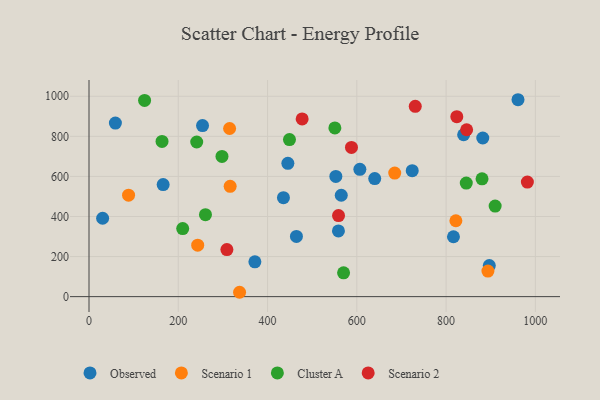
{"axis": {"x": "Speed", "y": "Rating"}, "legend": ["Cluster A", "Observed", "Scenario 1", "Scenario 2"], "data": [{"x": "896.8", "y": 155.0, "type": "Observed"}, {"x": "166.1", "y": 559.4, "type": "Observed"}, {"x": "558.8", "y": 328.1, "type": "Observed"}, {"x": "882.2", "y": 791.6, "type": "Observed"}, {"x": "816.5", "y": 298.8, "type": "Observed"}, {"x": "254.3", "y": 853.6, "type": "Observed"}, {"x": "640.1", "y": 589.3, "type": "Observed"}, {"x": "59.1", "y": 866.1, "type": "Observed"}, {"x": "464.7", "y": 300.7, "type": "Observed"}, {"x": "371.6", "y": 173.6, "type": "Observed"}, {"x": "839.3", "y": 807.9, "type": "Observed"}, {"x": "565.1", "y": 506.1, "type": "Observed"}, {"x": "961.1", "y": 982.7, "type": "Observed"}, {"x": "435.6", "y": 493.8, "type": "Observed"}, {"x": "30.5", "y": 391.1, "type": "Observed"}, {"x": "445.5", "y": 665.4, "type": "Observed"}, {"x": "724.1", "y": 628.5, "type": "Observed"}, {"x": "606.8", "y": 635.3, "type": "Observed"}, {"x": "553.0", "y": 599.8, "type": "Observed"}, {"x": "821.9", "y": 378.8, "type": "Scenario 1"}, {"x": "88.6", "y": 506.3, "type": "Scenario 1"}, {"x": "893.7", "y": 127.4, "type": "Scenario 1"}, {"x": "316.2", "y": 550.6, "type": "Scenario 1"}, {"x": "337.3", "y": 21.8, "type": "Scenario 1"}, {"x": "315.0", "y": 839.0, "type": "Scenario 1"}, {"x": "684.9", "y": 616.7, "type": "Scenario 1"}, {"x": "243.5", "y": 256.6, "type": "Scenario 1"}, {"x": "570.3", "y": 119.1, "type": "Cluster A"}, {"x": "209.9", "y": 339.7, "type": "Cluster A"}, {"x": "297.9", "y": 699.5, "type": "Cluster A"}, {"x": "241.3", "y": 771.8, "type": "Cluster A"}, {"x": "880.5", "y": 587.8, "type": "Cluster A"}, {"x": "845.2", "y": 567.0, "type": "Cluster A"}, {"x": "163.6", "y": 774.5, "type": "Cluster A"}, {"x": "260.9", "y": 409.0, "type": "Cluster A"}, {"x": "449.1", "y": 783.6, "type": "Cluster A"}, {"x": "124.5", "y": 979.1, "type": "Cluster A"}, {"x": "550.8", "y": 841.8, "type": "Cluster A"}, {"x": "909.9", "y": 452.0, "type": "Cluster A"}, {"x": "588.0", "y": 744.7, "type": "Scenario 2"}, {"x": "846.0", "y": 832.8, "type": "Scenario 2"}, {"x": "730.9", "y": 949.9, "type": "Scenario 2"}, {"x": "308.9", "y": 234.7, "type": "Scenario 2"}, {"x": "559.0", "y": 404.5, "type": "Scenario 2"}, {"x": "824.0", "y": 898.0, "type": "Scenario 2"}, {"x": "477.5", "y": 886.7, "type": "Scenario 2"}, {"x": "982.1", "y": 571.6, "type": "Scenario 2"}]}